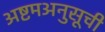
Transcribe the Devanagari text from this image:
अष्टमअनुसूची